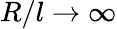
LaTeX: R/l\rightarrow\infty